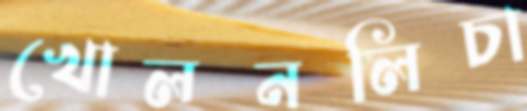
খোলনলিচা